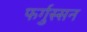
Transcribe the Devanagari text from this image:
फर्गुस्सन